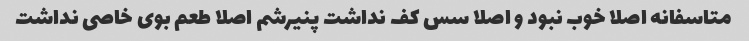
متاسفانه اصلا خوب نبود و اصلا سس کف نداشت پنیرشم اصلا طعم بوی خاصی نداشت